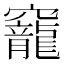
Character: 竉